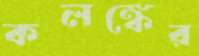
কলঙ্কের